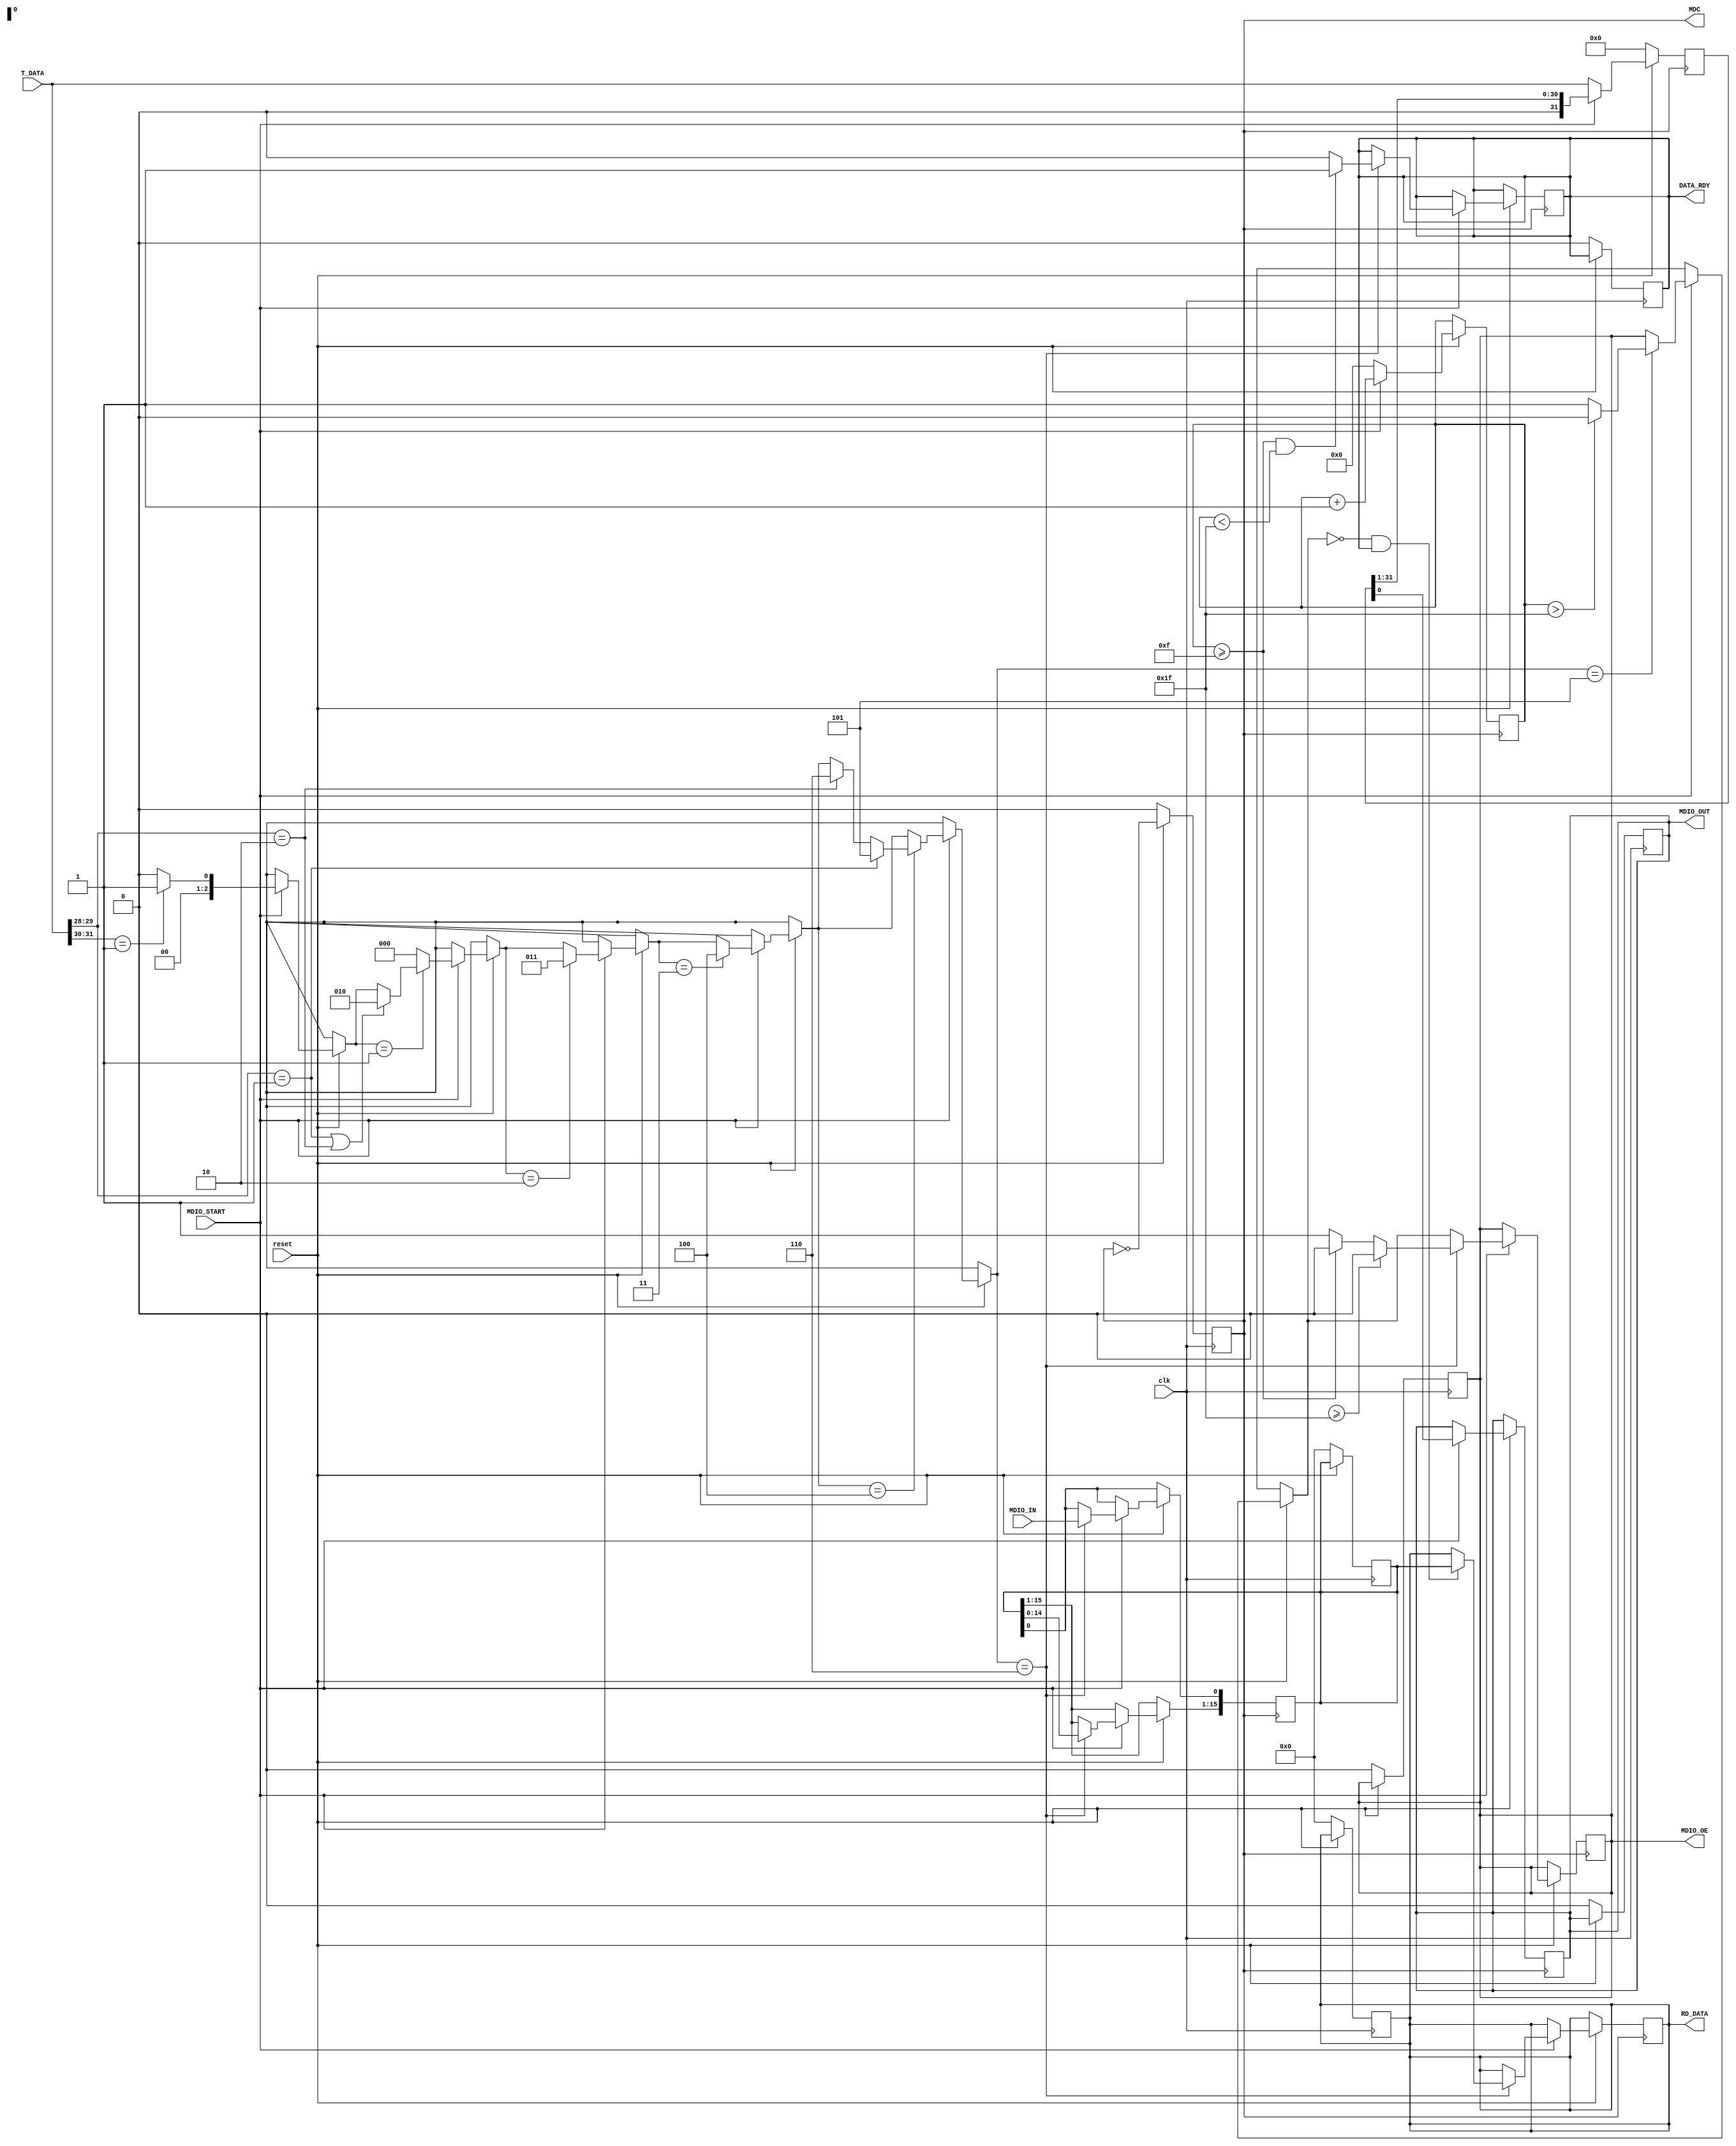
module maquina_estado  (input clk,
                        input reset, 
                        input MDIO_START,
                        input MDIO_IN, 
                        input [31:0]T_DATA, 
                        output reg MDC, 
                        output reg MDIO_OUT, 
                        output reg MDIO_OE, 
                        output reg [15:0]RD_DATA,
                        output reg DATA_RDY);

    // Los estados de la Maquina de estados
    // Estado ST        --> 000
    // Estado OP        --> 001
    // Estado PHYADR    --> 010
    // Estado REGADR    --> 011
    // Estado TA        --> 100
    // Estado DATA lec  --> 101
    // Estado DATA esc  --> 110

    reg [1:0] ST;
    reg [1:0] OP;
    reg [4:0] PHYADR;
    reg [4:0] REGADR;
    reg [1:0] TA;
    reg [15:0] DATA_read;
    reg [15:0] DATA_write;


    //Registros temporales, para lograr los diferentes condiciones que se requieren

    reg [31:0] q;
    reg [15:0] temp;
    reg [5:0] counter;
    reg [2:0] state; 
    reg [4:0] count;



    // Clock Divider, Hace que el MDC sea la mitad de la frecuencia del clock 
    always @ (posedge(clk))
    begin
        if (~reset) begin   
            MDC <= 0;
        end else begin 
            MDC <= !MDC;
        end
    end

    // Si reset no es igual a 1, pone las salidas en 0.
    always @(posedge clk) begin
        if (~reset) begin
            RD_DATA <= 16'h0000;
            MDIO_OE <= 1'b0;
            MDIO_OUT <= 1'b0;
            DATA_RDY <= 1'b0;
            temp = 16'h0000;
        end

    end

    always @(posedge MDC) begin

        // Se divide la palabra de 32 bits en cada uno de los estados, con la cantidad
        // de bits correspondientes.
        // Para luego compararlos y asi formar la maquina de estados.

        ST = T_DATA [31:30];
        OP = T_DATA [29:28];
        PHYADR = T_DATA [27:23];
        REGADR = T_DATA [22:18];
        TA = T_DATA [17:16];
        q <= 32'b00000000000000000000000000000000;
        state = 3'b000;

        if (reset == 1) begin

            counter <= 32'b00000;
            q <= T_DATA;

            if (MDIO_START) begin

                // Este contador es para poder asignar cuando ponerse en alto o en bajo
                // el MDIO_OE
                counter <= counter+1; 

                // Convertidor de paralelo a serie
                MDIO_OUT <= q[0];
                q<=q>>1;
                    
                    //Primer Estado ST
                if (state == 3'b000)begin 
                    if (ST == 2'b01) begin
                        state = 3'b001;
                    end else begin
                        state = 3'b000;
                    end
                end

                    // Segundo Estado OP
                if (state == 3'b001) begin
                    if (OP == 2'b01 || OP == 2'b10) begin
                        state = 3'b010;
                    end 
                end else begin
                    state = 3'b000;
                end
                
                    // Tercer Estado PHYADR
                if (state == 3'b010) begin 
                    state = 3'b011;
                end

                    // Cuarto Estado REGADR
                if (state == 3'b011) begin 
                    state = 3'b100;
                end

                    // Quinto Estado TA y se divide en Escritura o Lectura
                if (state == 3'b100) begin
                    if (OP == 2'b01) begin
                    // Caso para escribir
                        state = 3'b101;
                    end else if (OP == 2'b10) begin
                    // Caso para lectura
                        state = 3'b110;
                        end
                    end
                            

                    // Sexto Estado, Escritura
                if (state == 3'b101) begin
                    DATA_write = T_DATA [15:0];          
                    MDIO_OE = 1'b1;

                    if (counter > 31) begin
                        MDIO_OE <= 1'b0;
                    end
                end                
                

                    // Septimo Estado, Lectura
                if (state == 3'b110) begin
                    DATA_read = T_DATA [15:0];
                    MDIO_OE <= 1'b1;
                    DATA_RDY <=1'b0;
                    if (counter >= 5'b01111) begin
                        MDIO_OE <= 1'b0;
                    end

                    if (counter >= 5'b01111 && counter < 5'b11111) begin
                            DATA_RDY <=1'b1;
                    end

                    // Se hace la carga de serie a paralelo
                    temp <= temp << 1;
                    temp[0] <= MDIO_IN;

                    if (MDIO_OE == 1'b0 && DATA_RDY == 1) begin
                       RD_DATA <= temp;
                    end
                            
                    if (count >= 31) begin
                    // transaccion se ha realizado exitosamente.
                        MDIO_OE <= 1'b0;                
                    end
                end
            end
        end    
    end
endmodule